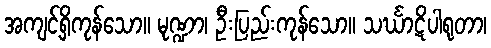
အကျင့်ရှိကုန်သော။ မုဏ္ဍာ၊ ဦးပြည်းကုန်သော။ သင်္ဃာဋိပါရုတာ၊